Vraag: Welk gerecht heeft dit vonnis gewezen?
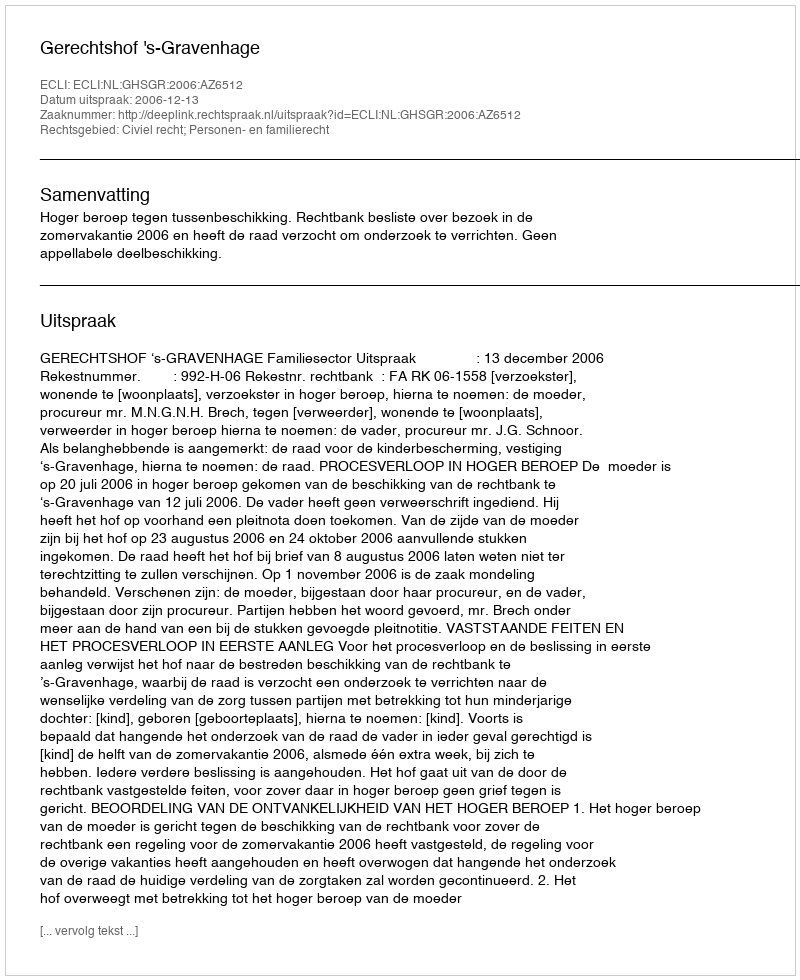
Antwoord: Gerechtshof 's-Gravenhage